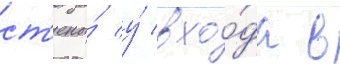
ст'ены́ у́ вхо́да в